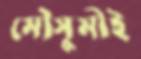
মৌসুমীই